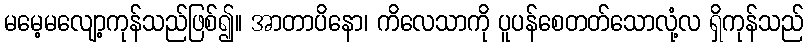
မမေ့မလျော့ကုန်သည်ဖြစ်၍။ အာတာပိနော၊ ကိလေသာကို ပူပန်စေတတ်သောလုံ့လ ရှိကုန်သည်